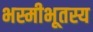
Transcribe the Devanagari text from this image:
भस्मीभूतस्य